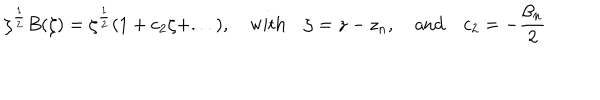
\zeta ^ { \frac { 1 } { 2 } } B ( \zeta ) = \zeta ^ { \frac { 1 } { 2 } } ( 1 + c _ { 2 } \zeta + . . . ) , ~ \mathrm { w i t h } ~ \zeta = z - z _ { n } , ~ \mathrm { a n d } ~ c _ { 2 } = - \frac { \beta _ { n } } { 2 }